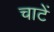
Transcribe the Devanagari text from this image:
चाटें